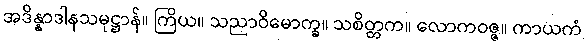
အဒိန္နာဒါနသမုဋ္ဌာန်။ ကြိယ။ သညာဝိမောက္ခ။ သစိတ္တက။ လောကဝဇ္ဇ။ ကာယကံ